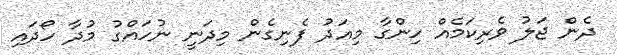
ދެން ޖަލު ވެރިކަމެއް ހިންގާ މިއަދު ފެނިގެން މިދަނީ ނުހައްގު މުދާ ހޯދައި